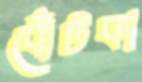
বোঁটকা